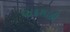
પાદશાહી